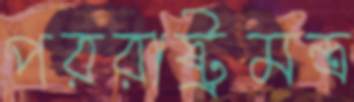
পররাষ্ট্রমন্ত্র